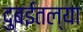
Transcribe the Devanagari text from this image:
दुबईतल्या